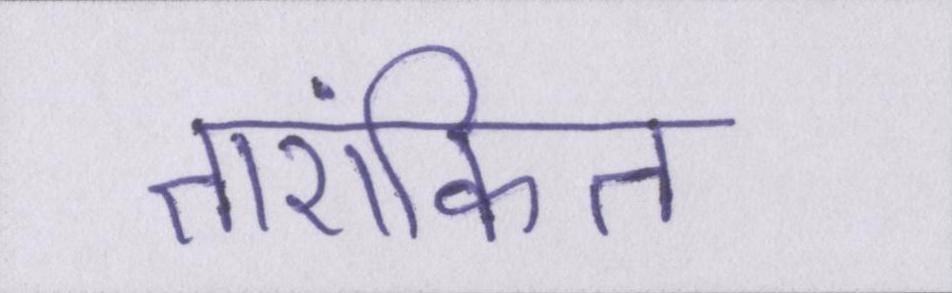
तारांकित